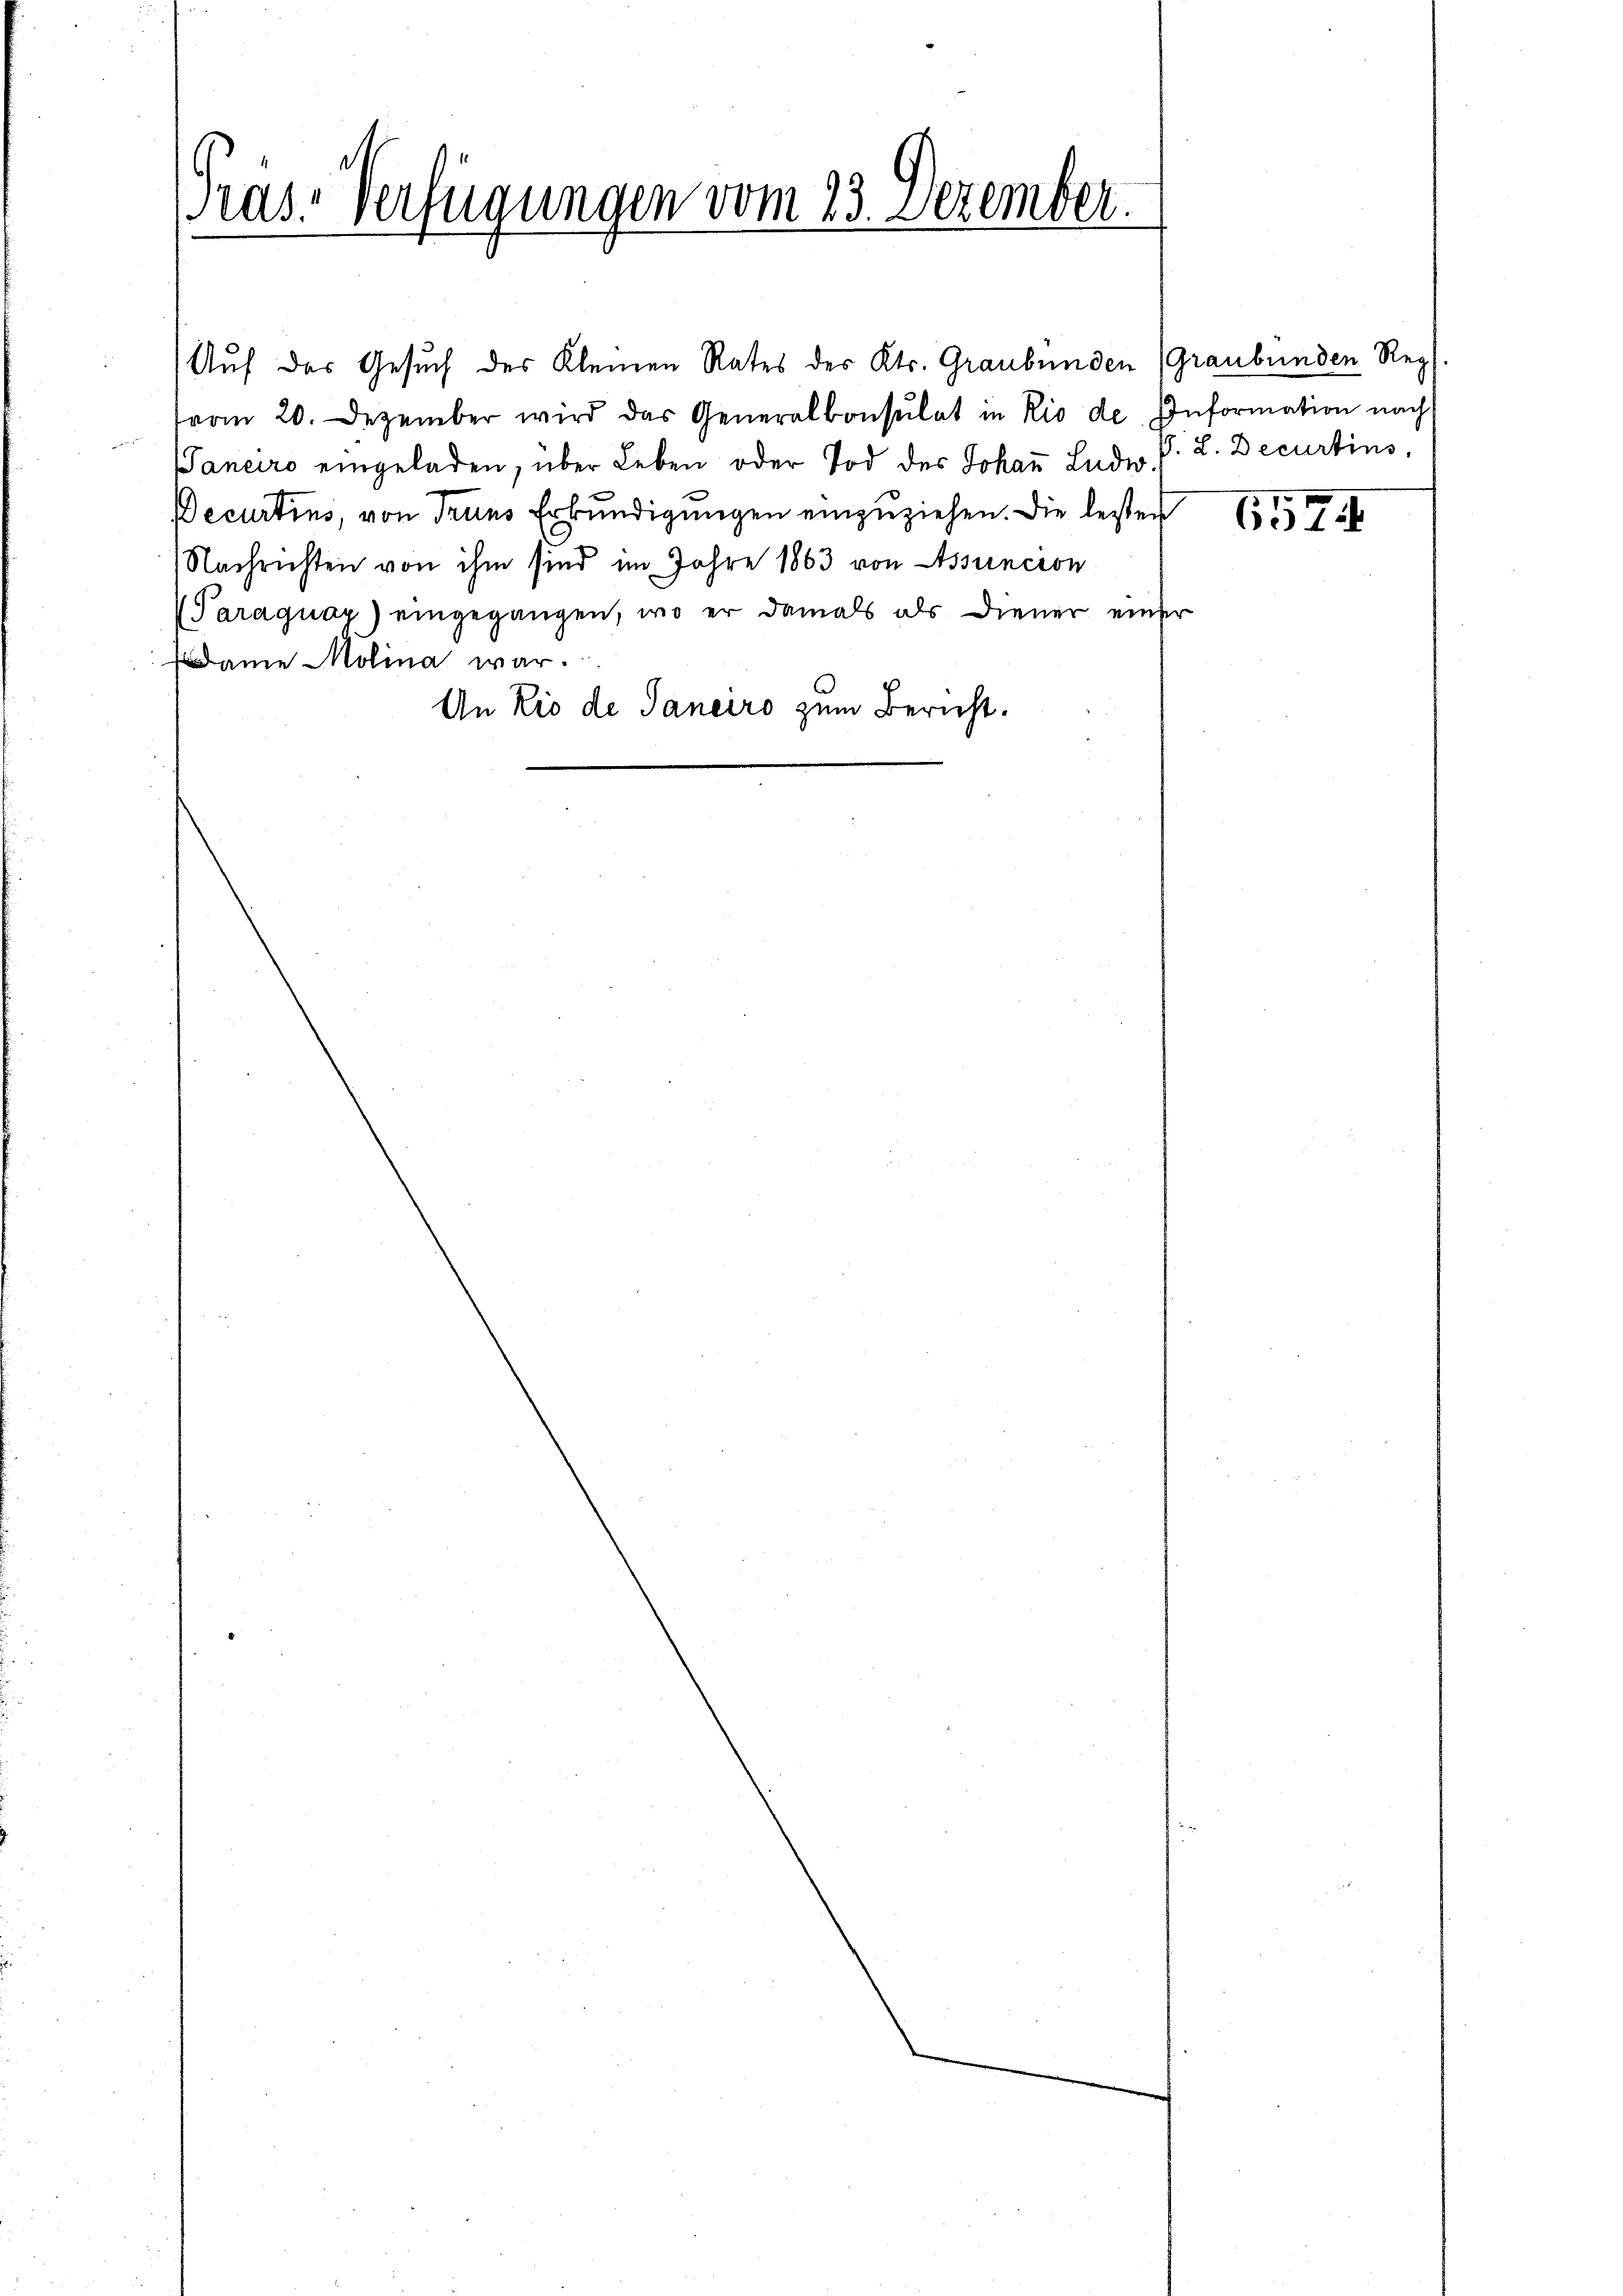
Pras-Verfügungen vom 23. Dezember.

vom 20. Dezember wird das Generalkonsulat in Rio de Information nach
Janeiro eingeladen, über Leben oder Tod des Johaṅ Ludw. P. L. Decurtins
Decurtins, von Truns Erkundigungen einzuziehen. Die leister
Nachrichten von ihm sind im Jahre 1863 von assuncion
Paraguay) eingegangen, wo er damals als diener einer
adame Molina war.
An Rio de Janeiro zum Bericht.

Auf des Gesuch des Kleinen Rates des Kts. Graubünden (Graubünden Reg

6574